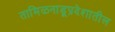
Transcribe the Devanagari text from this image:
तामिळनाडूप्रदेशातील